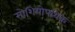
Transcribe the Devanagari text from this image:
सोशियोपथिक